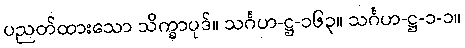
ပညတ်ထားသော သိက္ခာပုဒ်။ သင်္ဂဟ-ဋ္ဌ-၁၆၃။ သင်္ဂဟ-ဋ္ဌ-၁-၁။